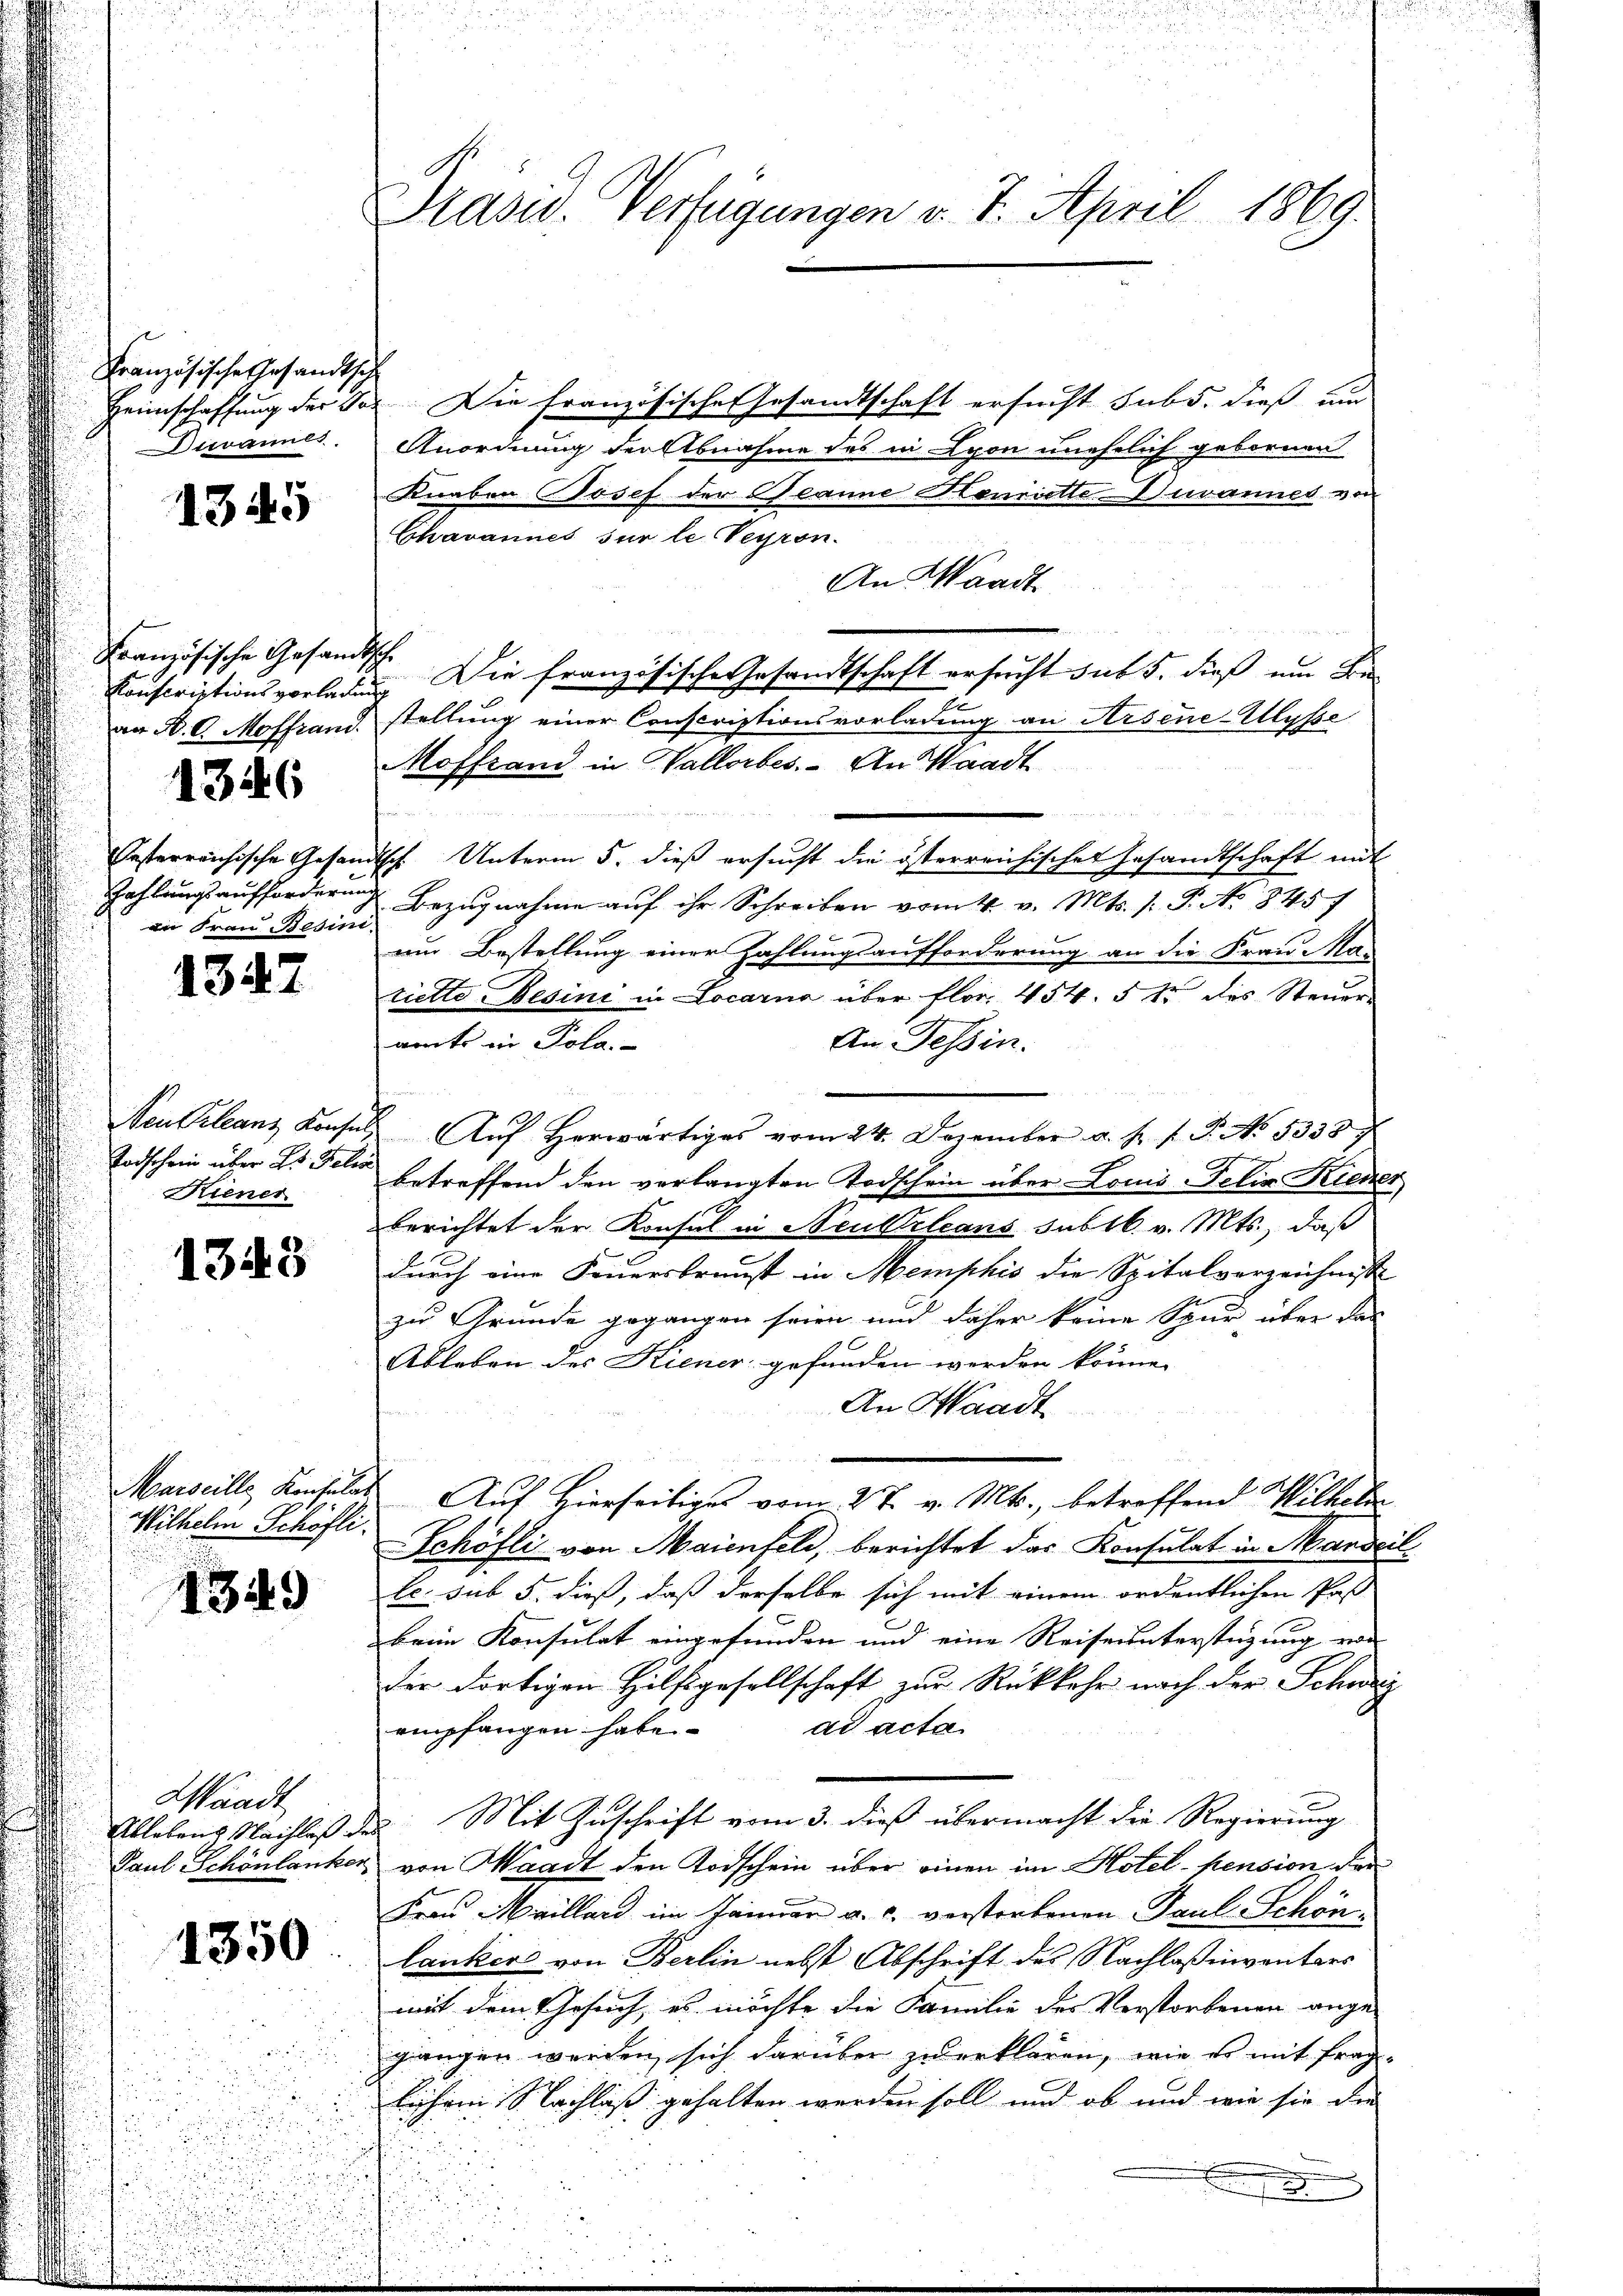
Französische Gesandtsch
eannes

1345

Französische Gesandtsche
an N. O. Moffrand

3.

1347

6

in Frau Besini.

Neukleanz Konsul
Todschein über Hs. Felix
Riener

1348

Wilhelm Schöfli.

13.

49)

Waadt
Paul Schönlanken

1350

Drasw. Verfügungen v. 7. April 1869.

Heimschaffung der See. Die französische Gesandtschaft ersucht subs, dieß um
Anordnung der Abnahme des in Lyon unehelich gebornen
Knaben Josef der Beanne Henriette Duvannes von
Chavannes sur le Verron.
An Waadt
Conscriptionsvorladung Die französische Gesandtschaft ersucht sub 5. dieß um Bestellung einer Conscriptionsvorladung an Arsene-Ulysse
Moffrand in Wallorbes. An Waadt
esterreichische Gesandtsch. Unterm 5. dieß ersucht die österreichischer Gesandtschaft mit
Zahlungsaufforderung Bezugnahme auf ihr Schreiben vom 4. v. Mts. 1. P. No 8457
um Bestellung einer Zahlungsaufforderung an die Frau Ma-
riette Besini in Locarna über flor. 454. 5 15 des Steuer-
amts in Pola.
An Tessin.
 Aŭf herwärtiges vom 24. Dezember a. s. f. J. No. 5333
.
betreffend den verlangten Todschein über Louis-Felix Kiener
17
berichtet der Konsul in Neukrleans sub 16. v. Mts., daß
durch eine Feuersbrunst in Memphis die Spitalverzeichnisse
zu Grunde gegangen seien und daher keine Spur über das
Ableben des Kiener gefanden werden könne.
An Waadt
Marseille, Konsulat Auf Hierseitiges vom 2 t v. Mts., betreffend Wilhelm
Schöfli von Maienfeld, berichtet das Konsulat in Mandeil
Ec. sub 5. dieß, daß derselbe sich mit einem ordentlichen Post
keim Konsulat eingefunden und eine Reiseunterstigung von
der dortigen Hilfsgesellschaft zur Rückkehr nach der Schweiz
dd acta
empfangen habe
Ablebens Nachlaß des Mit Zuschrift vom 3. dieß übermacht die Regierung
von Waadt den Todschein über einen im Hotel- pension der
Frau Meillard im Tannen a. c. verstorbenen Paul Schön
lanker von Berlin nebst Abschrift des Nachlaßinventars
mit dem Gesuch, es möchte die Familie des Verstorbenen ange-
gangen werden sich darüber zu erklären, wie es mit fraglichen Nachlaß gehalten werden soll und ob und wie sie die